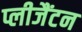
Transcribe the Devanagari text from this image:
प्लीजैंटन